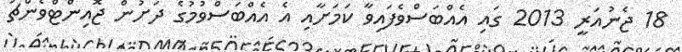
18 ޖެނުއަރީ 2013 ގައި އެއްބަސްވެފައިވާ ކަމަށާއި އެ އެއްބަސްވުމުގެ ދަށުން ޖޮއިންޓްވެންޗަ